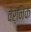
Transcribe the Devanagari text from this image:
वेर्निक